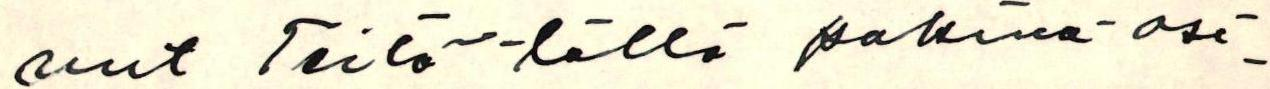
nut Teitä tällä pakina-asi-